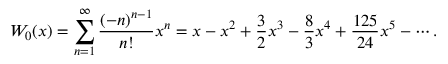
W _ { 0 } ( x ) = \sum _ { n = 1 } ^ { \infty } { \frac { ( - n ) ^ { n - 1 } } { n ! } } x ^ { n } = x - x ^ { 2 } + { \frac { 3 } { 2 } } x ^ { 3 } - { \frac { 8 } { 3 } } x ^ { 4 } + { \frac { 1 2 5 } { 2 4 } } x ^ { 5 } - \cdots .